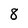
Character: 8